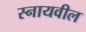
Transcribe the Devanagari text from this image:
स्नायवील